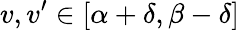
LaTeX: v,v^{\prime}\in[\alpha+\delta,\beta-\delta]